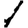
Digit: 1